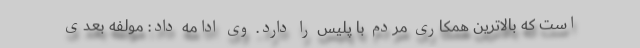
است که بالاترین همکاری مردم با پلیس را دارد. وی ادامه داد: مولفه بعدی